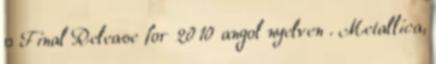
↑ Final Release for 2010 angol nyelven . Metallica,